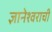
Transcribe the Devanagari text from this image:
ज्ञानेश्वराची